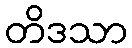
တိဒသာ